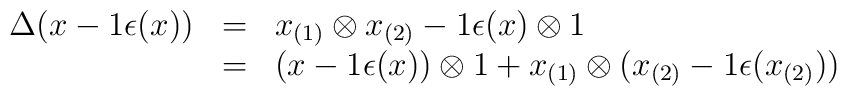
\begin{array}{rcl}\Delta(x - 1 \epsilon(x)) &=& x_{(1)} \otimes x_{(2)} - 1 \epsilon(x)\otimes 1\\&=& (x - 1 \epsilon(x)) \otimes 1 + x_{(1)} \otimes (x_{(2)} - 1\epsilon(x_{(2)}))\end{array}